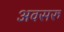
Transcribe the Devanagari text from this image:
अवसरु